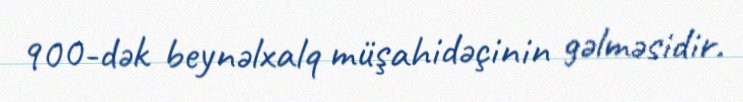
900-dək beynəlxalq müşahidəçinin gəlməsidir.